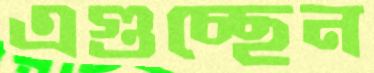
এগুচ্ছেন